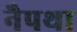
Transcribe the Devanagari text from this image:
नैपथा